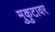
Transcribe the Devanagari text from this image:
मुकुटावर